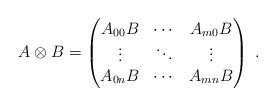
LaTeX: \begin{align*}A\otimes B=\begin{pmatrix}A_{00}B & \cdots & A_{m0}B\\\vdots & \ddots & \vdots \\A_{0n}B & \cdots & A_{mn}B\end{pmatrix}\;.\end{align*}